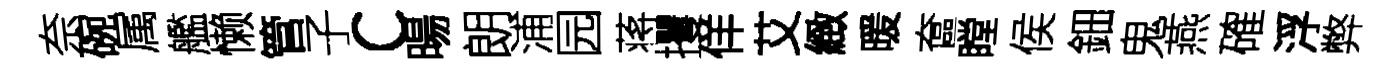
奈碗属艦懒管子c暘朗浦园蒋攫佯艾緻暖奩瞠侯鈿鬼燕確浮弊